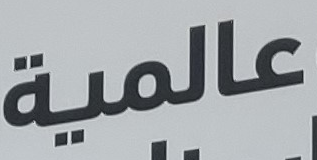
عالمية